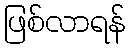
ဖြစ်လာရန်